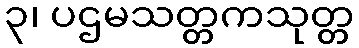
၃၊ ပဌမသတ္တကသုတ္တ